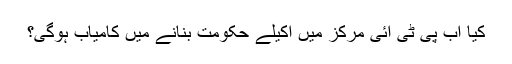
کیا اب پی ٹی آئی مرکز میں اکیلے حکومت بنانے میں کامیاب ہوگی؟